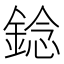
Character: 錜